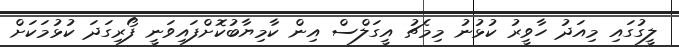
ލީގުގައި މިއަދު ހާވީރު ކުޅުނު މިމެޗު އީގަލްސް އިން ކާމިޔާބުކޮށްފައިވަނީ ފޯރިގަދަ ކުޅުމަކަށް